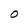
Character: O